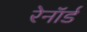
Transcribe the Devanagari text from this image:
रेनॉर्ड